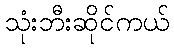
သုံးဘီးဆိုင်ကယ်